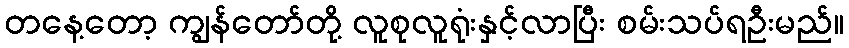
တနေ့တော့ ကျွန်တော်တို့ လူစုလူရုံးနှင့်လာပြီး စမ်းသပ်ရဦးမည်။